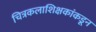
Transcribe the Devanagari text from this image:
चित्रकलाशिक्षकांकडून